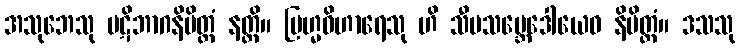
အသုဘေသု ပဋိဘာဂနိမိတ္တံ နတ္ထိ။ ဗြဟ္မဝိဟာရေသု ဟိ သီမသမ္ဘေဒေါယေဝ နိမိတ္တံ။ ဒသသု